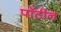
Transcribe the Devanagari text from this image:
पॉटीन